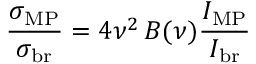
\frac { \sigma _ { \mathrm { M P } } } { \sigma _ { \mathrm { b r } } } = 4 \nu ^ { 2 } \, B ( \nu ) \frac { I _ { \mathrm { M P } } } { I _ { \mathrm { b r } } }